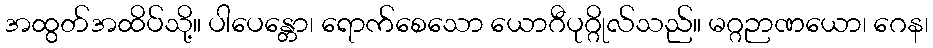
အထွတ်အထိပ်သို့။ ပါပေန္တော၊ ရောက်စေသော ယောဂီပုဂ္ဂိုလ်သည်။ မဂ္ဂဉာဏယော၊ ဂေန၊